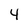
Character: 4